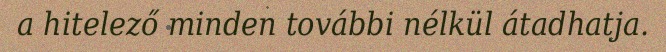
a hitelező minden további nélkül átadhatja.